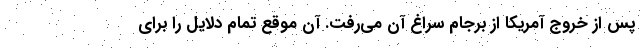
پس از خروج آمریکا از برجام سراغ آن می‌رفت. آن موقع تمام دلایل را برای